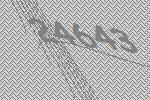
24643